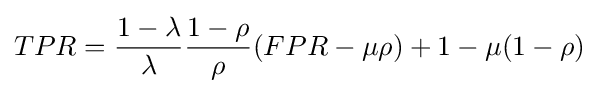
TPR={\frac {1-\lambda }{\lambda }}{\frac {1-\rho }{\rho }}(FPR-\mu \rho )+1-\mu (1-\rho )